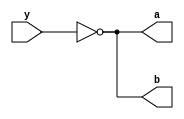


module top (a, b, y);
input y;
output a, b;

not(a, b, y);

endmodule